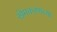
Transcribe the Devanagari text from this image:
खेमकरणच्या